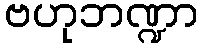
ဗဟုဘဏ္ဍာ